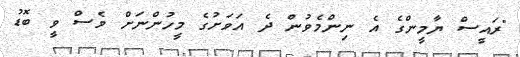
"ރައީސް ޔާމީންގެ އެ ނިންމެވުން ދެ އަވަށުގެ މީހުންނަށް ވެސް ވީ ބޮޑު